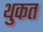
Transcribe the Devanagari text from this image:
थुकत